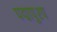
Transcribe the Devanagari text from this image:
पद्मापुश्प